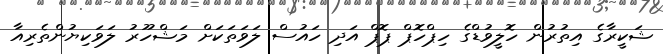
ޝަކީރާގެ އިތުރުން ހޮލީވުޑްގެ ހިޕްހޮޕް ޕޮޕް އަދި ހައުސް ލަވަތަކަށް މަޝްހޫރު ލަވަކިޔުންތެރިއާ